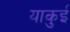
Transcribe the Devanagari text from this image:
याकुई